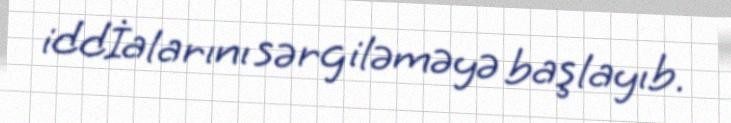
iddİalarını sərgiləməyə başlayıb.